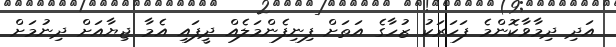
އަދި ދިމާވާކޮންމެ ފަހަރަކު ޒުހާގެ އަތަށް ފިނިފެންމަލެއް ދީފައި އެމާ ޖިޔާއަށް ދިނުމަށް